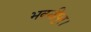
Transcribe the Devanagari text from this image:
भवनीपुर।